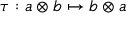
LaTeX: \tau : a \otimes b \mapsto b \otimes a